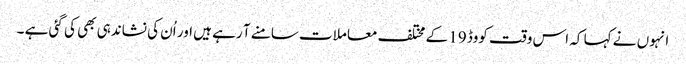
انہوں نے کہا کہ اس وقت کووڈ 19 کے مختلف معاملات سامنے آ رہے ہیں اور اُن کی نشاندہی بھی کی گئی ہے ۔